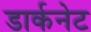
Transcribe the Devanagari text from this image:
डार्कनेट